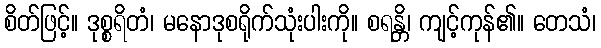
စိတ်ဖြင့်။ ဒုစ္စရိတံ၊ မနောဒုစရိုက်သုံးပါးကို။ စရန္တိ၊ ကျင့်ကုန်၏။ တေသံ၊